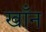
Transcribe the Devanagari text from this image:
खाँन